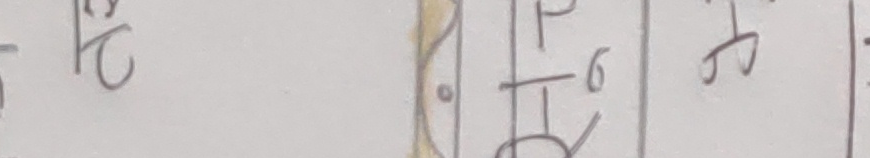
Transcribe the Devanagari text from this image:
२ १फ⁶ठ